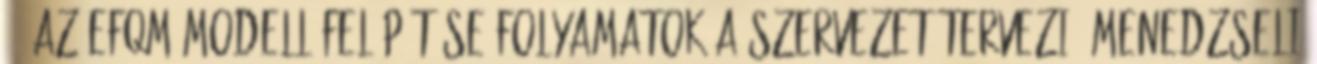
40 Az EFQM-modell felépítése Folyamatok A szervezet tervezi, menedzseli